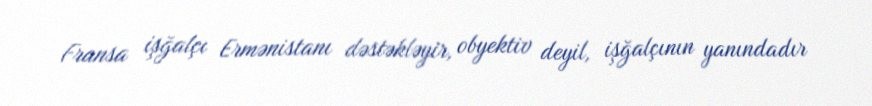
Fransa işğalçı Ermənistanı dəstəkləyir, obyektiv deyil, işğalçının yanındadır